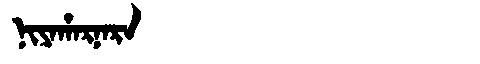
Manchu: ᠨᡳᠶᠠᡥᠠᡵᠨᠠᡵᠠ
Romanization: NIYAHARNARA